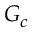
G _ { c }